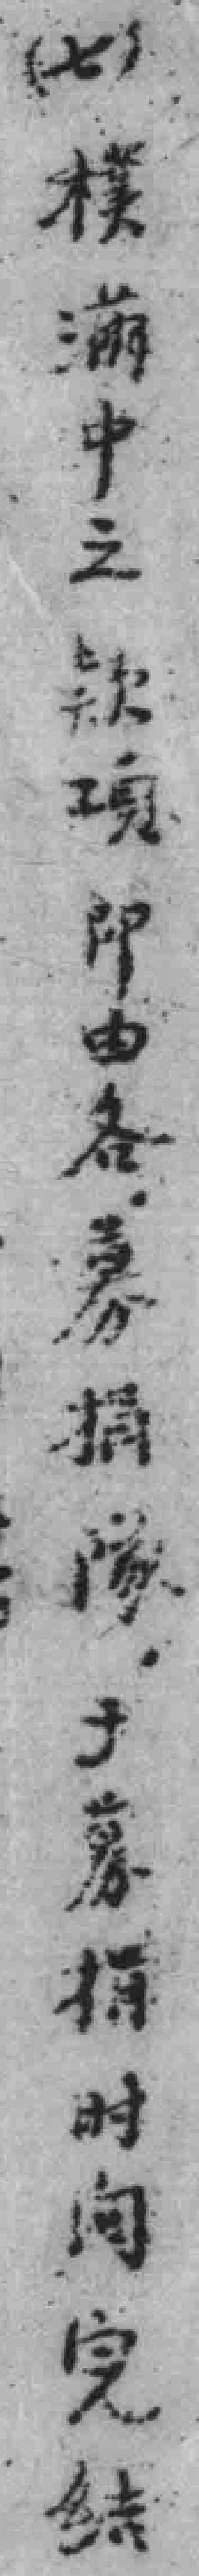
(七)樸滿中之欵項即由各募捐隊，于募捐时间完结